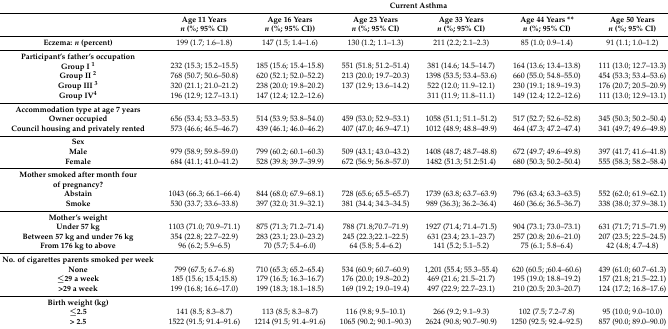
<table><thead><tr><td></td><td colspan="6"><b>Current Asthma</b></td></tr><tr><td></td><td><b>Age 11 Years<i>n</i> (%; 95% CI)</b></td><td><b>Age 16 Years<i>n</i> (%; 95% CI))</b></td><td><b>Age 23 Years<i>n</i> (%; 95% CI)</b></td><td><b>Age 33 Years<i>n</i> (%; 95% CI)</b></td><td><b>Age 44 Years **<i>n</i> (%; 95% CI)</b></td><td><b>Age 50 Years<i>n</i> (%; 95% CI)</b></td></tr></thead><tbody><tr><td><b>Eczema: <i>n</i> (percent)</b></td><td>199 (1.7; 1.6–1.8)</td><td>147 (1.5; 1.4–1.6)</td><td>130 (1.2; 1.1–1.3)</td><td>211 (2.2; 2.1–2.3)</td><td>85 (1.0; 0.9–1.4)</td><td>91 (1.1; 1.0–1.2)</td></tr><tr><td><b>Participant’s father’s occupation</b></td><td></td><td></td><td></td><td></td><td></td><td></td></tr><tr><td><b>Group I <sup>1</sup></b></td><td>232 (15.3; 15.2–15.5)</td><td>185 (15.6; 15.4–15.8)</td><td>551 (51.8; 51.2–51.4)</td><td>381 (14.6; 14.5–14.7)</td><td>164 (13.6; 13.4–13.8)</td><td>111 (13.0; 12.7–13.3)</td></tr><tr><td><b>Group II <sup>2</sup></b></td><td>768 (50.7; 50.6–50.8)</td><td>620 (52.1; 52.0–52.2)</td><td>213 (20.0; 19.7–20.3)</td><td>1398 (53.5; 53.4–53.6)</td><td>660 (55.0; 54.8–55.0)</td><td>454 (53.3; 53.4–53.6)</td></tr><tr><td><b>Group III <sup>3</sup></b></td><td>320 (21.1; 21.0–21.2)</td><td>238 (20.0; 19.8–20.2)</td><td>137 (12.9; 13.6–14.2)</td><td>522 (12.0; 11.9–12.1)</td><td>230 (19.1; 18.9–19.3)</td><td>176 (20.7; 20.5–20.9)</td></tr><tr><td><b>Group IV<sup>4</sup></b></td><td>196 (12.9; 12.7–13.1)</td><td>147 (12.4; 12.2–12.6)</td><td></td><td>311 (11.9; 11.8–11.1)</td><td>149 (12.4; 12.2–12.6)</td><td>111 (13.0; 12.9–13.1)</td></tr><tr><td><b>Accommodation type at age 7 years</b></td><td></td><td></td><td></td><td></td><td></td><td></td></tr><tr><td><b>Owner occupied</b></td><td>656 (53.4; 53.3–53.5)</td><td>514 (53.9; 53.8–54.0)</td><td>459 (53.0; 52.9–53.1)</td><td>1058 (51.1; 51.1–51.2)</td><td>517 (52.7; 52.6–52.8)</td><td>345 (50.3; 50.2–50.4)</td></tr><tr><td><b>Council housing and privately rented</b></td><td>573 (46.6; 46.5–46.7)</td><td>439 (46.1; 46.0–46.2)</td><td>407 (47.0; 46.9–47.1)</td><td>1012 (48.9; 48.8–49.9)</td><td>464 (47.3; 47.2–47.4)</td><td>341 (49.7; 49.6–49.8)</td></tr><tr><td><b>Sex</b></td><td></td><td></td><td></td><td></td><td></td><td></td></tr><tr><td><b>Male</b></td><td>979 (58.9; 59.8–59.0)</td><td>799 (60.2; 60.1–60.3)</td><td>509 (43.1; 43.0–43.2)</td><td>1408 (48.7; 48.7–48.8)</td><td>672 (49.7; 49.6–49.8)</td><td>397 (41.7; 41.6–41.8)</td></tr><tr><td><b>Female</b></td><td>684 (41.1; 41.0–41.2)</td><td>528 (39.8; 39.7–39.9)</td><td>672 (56.9; 56.8–57.0)</td><td>1482 (51.3; 51.2:51.4)</td><td>680 (50.3; 50.2–50.4)</td><td>555 (58.3; 58.2–58.4)</td></tr><tr><td><b>Mother smoked after month four of pregnancy?</b></td><td></td><td></td><td></td><td></td><td></td><td></td></tr><tr><td><b>Abstain</b></td><td>1043 (66.3; 66.1–66.4)</td><td>844 (68.0; 67.9–68.1)</td><td>728 (65.6; 65.5–65.7)</td><td>1739 (63.8; 63.7–63.9)</td><td>796 (63.4; 63.3–63.5)</td><td>552 (62.0; 61.9–62.1)</td></tr><tr><td><b>Smoke</b></td><td>530 (33.7; 33.6–33.8)</td><td>397 (32.0; 31.9–32.1)</td><td>381 (34.4; 34.3–34.5)</td><td>989 (36.3); 36.2–36.4)</td><td>460 (36.6; 36.5–36.7)</td><td>338 (38.0; 37.9–38.1)</td></tr><tr><td><b>Mother’s weight</b></td><td></td><td></td><td></td><td></td><td></td><td></td></tr><tr><td><b>Under 57 kg</b></td><td>1103 (71.0; 70.9–71.1)</td><td>875 (71.3; 71.2–71.4)</td><td>788 (71.8;70.7–71.9)</td><td>1927 (71.4; 71.4–71.5)</td><td>904 (73.1; 73.0–73.1)</td><td>631 (71.7; 71.5–71.9)</td></tr><tr><td><b>Between 57 kg and under 76 kg</b></td><td>354 (22.8; 22.7–22.9)</td><td>283 (23.1; 23.0–23.2)</td><td>245 (22.3;22.1–22.5)</td><td>631 (23.4; 23.1–23.7)</td><td>257 (20.8; 20.6–21.0)</td><td>207 (23.5; 22.5–24.5)</td></tr><tr><td><b>From 176 kg to above</b></td><td>96 (6.2; 5.9–6.5)</td><td>70 (5.7; 5.4–6.0)</td><td>64 (5.8; 5.4–6.2)</td><td>141 (5.2; 5.1–5.2)</td><td>75 (6.1; 5.8–6.4)</td><td>42 (4.8; 4.7–4.8)</td></tr><tr><td><b>No. of cigarettes parents smoked per week</b></td><td></td><td></td><td></td><td></td><td></td><td></td></tr><tr><td><b>None</b></td><td>799 (67.5; 6.7–6.8)</td><td>710 (65.3; 65.2–65.4)</td><td>534 (60.9; 60.7–60.9)</td><td>1,201 (55.4; 55.3–55.4)</td><td>620 (60.5; ;60.4–60.6)</td><td>439 (61.0; 60.7–61.3)</td></tr><tr><td><b>≤29 a week</b></td><td>185 (15.6; 15.4;15.8)</td><td>179 (16.5; 16.3–16.7)</td><td>176 (20.0; 19.8–20.2)</td><td>469 (21.6; 21.5–21.7)</td><td>195 (19.0; 18.8–19.2)</td><td>157 (21.8; 21.5–22.1)</td></tr><tr><td><b>&gt;29 a week</b></td><td>199 (16.8; 16.6–17.0)</td><td>199 (18.3; 18.1–18.5)</td><td>169 (19.2; 19.0–19.4)</td><td>497 (22.9; 22.7–23.1)</td><td>210 (20.5; 20.3–20.7)</td><td>124 (17.2; 16.8–17.6)</td></tr><tr><td><b>Birth weight (kg)</b></td><td></td><td></td><td></td><td></td><td></td><td></td></tr><tr><td><b>≤2.5</b></td><td>141 (8.5; 8.3–8.7)</td><td>113 (8.5; 8.3–8.7)</td><td>116 (9.8; 9.5–10.1)</td><td>266 (9.2; 9.1–9.3)</td><td>102 (7.5; 7.2–7.8)</td><td>95 (10.0; 9.0–10.0)</td></tr><tr><td><b>&gt; 2.5</b></td><td>1522 (91.5; 91.4–91.6)</td><td>1214 (91.5; 91.4–91.6)</td><td>1065 (90.2; 90.1–90.3)</td><td>2624 (90.8; 90.7–90.9)</td><td>1250 (92.5; 92.4–92.5)</td><td>857 (90.0; 89.0–90.0)</td></tr></tbody></table>